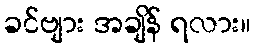
ခင်ဗျား အချိန် ရလား။